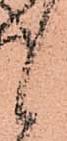
候